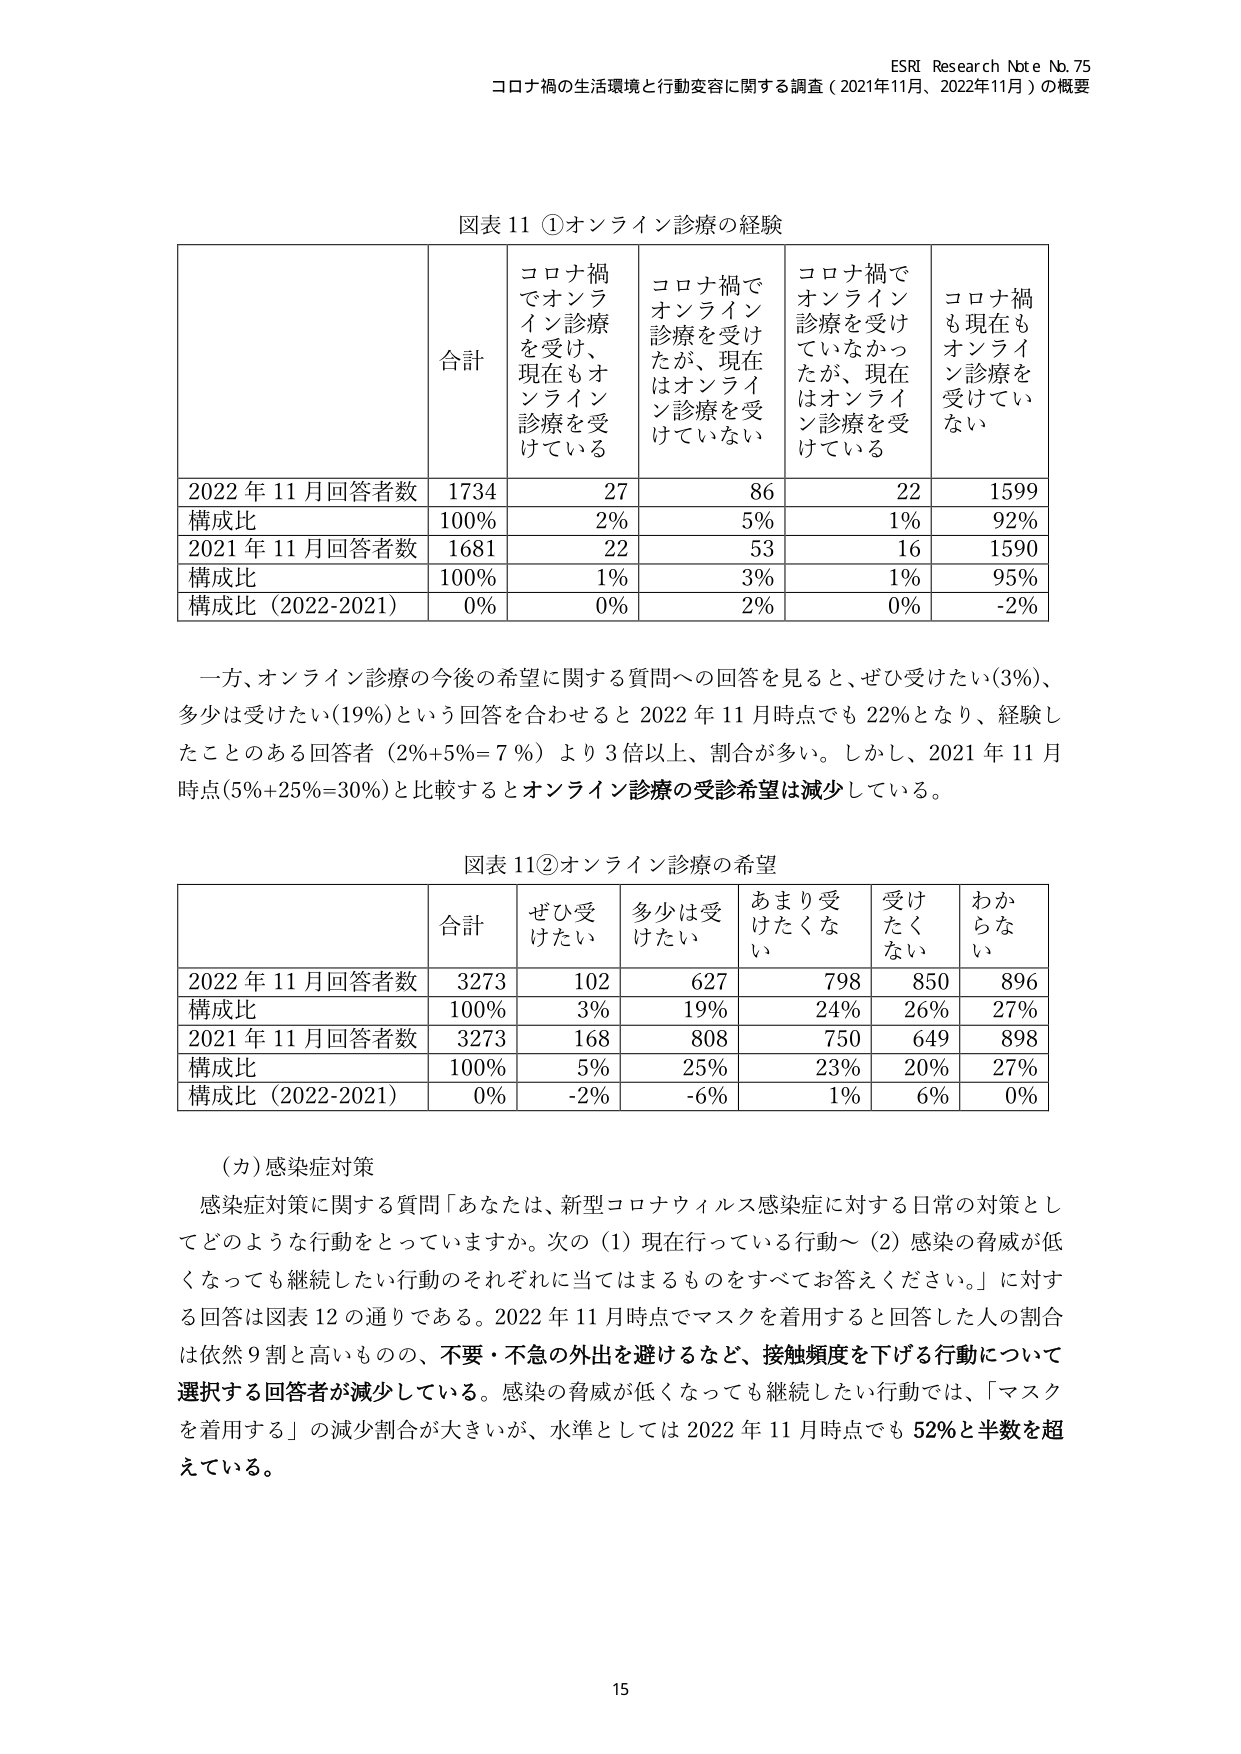
ESRI Research Note No. 75
コロナ禍の生活環境と行動変容に関する調査（2021年11月、2022年11月）の概要

図表 11 ①オンライン診療の経験

| | 合計 | コロナ禍でオンライン診療を受け、現在もオンライン診療を受けている | コロナ禍でオンライン診療を受けたが、現在はオンライン診療を受けていない | コロナ禍でオンライン診療を受けていなかったが、現在はオンライン診療を受けている | コロナ禍も現在もオンライン診療を受けていない |
|---|---|---|---|---|---|
| 2022 年 11 月回答者数 | 1734 | 27 | 86 | 22 | 1599 |
| 構成比 | 100% | 2% | 5% | 1% | 92% |
| 2021 年 11 月回答者数 | 1681 | 22 | 53 | 16 | 1590 |
| 構成比 | 100% | 1% | 3% | 1% | 95% |
| 構成比（2022-2021） | 0% | 0% | 2% | 0% | -2% |

一方、オンライン診療の今後の希望に関する質問への回答を見ると、ぜひ受けたい（3%）、多少は受けたい（19%）という回答を合わせると 2022 年 11 月時点でも 22% となり、経験したことのある回答者（2%+5%=7%）より 3 倍以上、割合が多い。しかし、2021 年 11 月時点（5%+25%=30%）と比較するとオンライン診療の受診希望は減少している。

図表 11②オンライン診療の希望

| | 合計 | ぜひ受けたい | 多少は受けたい | あまり受けたくない | 受けたくない | わからない |
|---|---|---|---|---|---|---|
| 2022 年 11 月回答者数 | 3273 | 102 | 627 | 798 | 850 | 896 |
| 構成比 | 100% | 3% | 19% | 24% | 26% | 27% |
| 2021 年 11 月回答者数 | 3273 | 168 | 808 | 750 | 649 | 898 |
| 構成比 | 100% | 5% | 25% | 23% | 20% | 27% |
| 構成比（2022-2021） | 0% | -2% | -6% | 1% | 6% | 0% |

（カ）感染症対策
感染症対策に関する質問「あなたは、新型コロナウイルス感染症に対する日常の対策としてどのような行動をとっていますか。次の（1）現在行っている行動～（2）感染の脅威が低くなっても継続したい行動のそれぞれに当てはまるものをすべてお答えください。」に対する回答は図表 12 の通りである。2022 年 11 月時点でマスクを着用すると回答した人の割合は依然 9 割と高いものの、不要・不急の外出を避けるなど、接触頻度を下げる行動について選択する回答者が減少している。感染の脅威が低くなっても継続したい行動では、「マスクを着用する」の減少割合が大きいが、水準としては 2022 年 11 月時点でも 52% と半数を超えている。

15